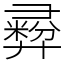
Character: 彛